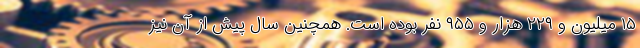
۱۵ میلیون و ۲۲۹ هزار و ۹۵۵ نفر بوده است. همچنین سال پیش از آن نیز